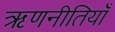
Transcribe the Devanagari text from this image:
ऋणनीतियाँ